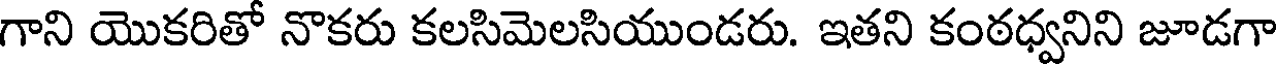
గాని యొకరితో నొకరు కలసిమెలసియుండరు. ఇతని కంఠధ్వనిని జూడగా